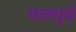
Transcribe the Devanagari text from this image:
मालपुवे